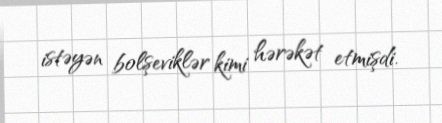
istəyən bolşeviklər kimi hərəkət etmişdi.